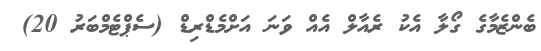
ބެންޒެމާގެ ގޯލާ އެކު ރެއާލް އެއް ވަނަ އަށްމެޑްރިޑް (ސެޕްޓެމްބަރު 20)